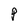
Character: P